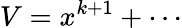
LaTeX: V=x^{k+1}+\cdots